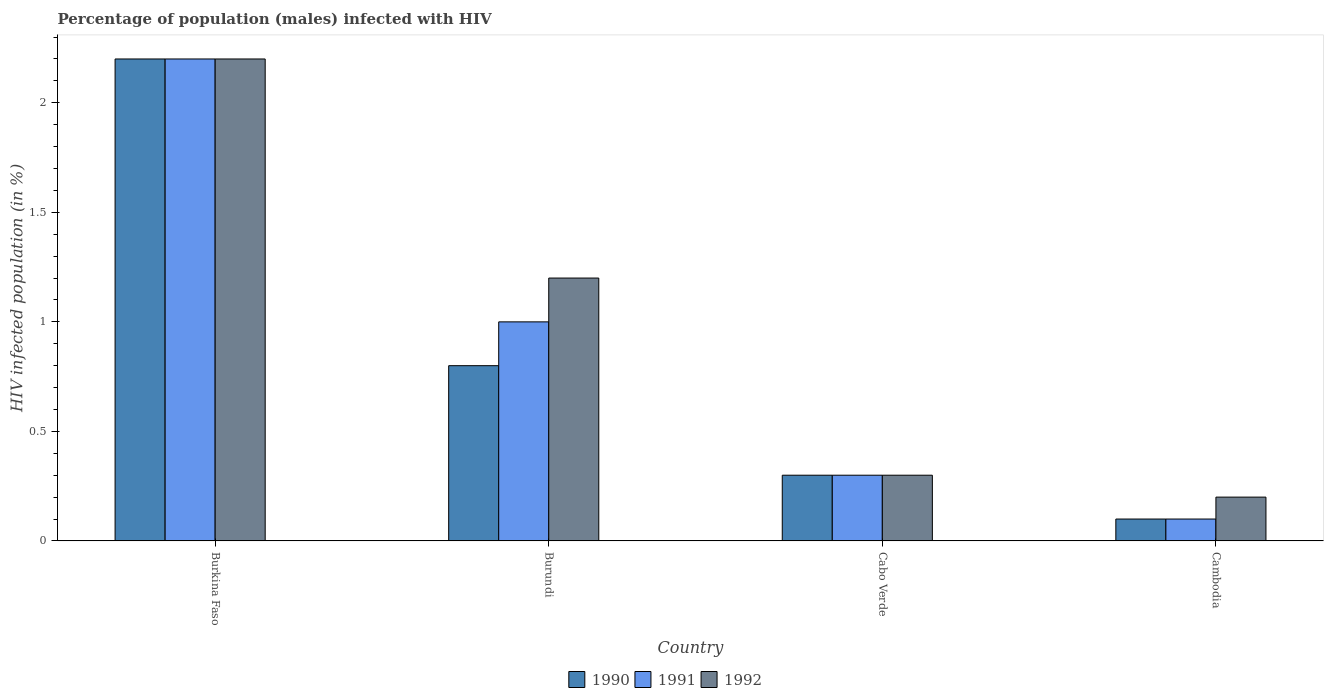
| Country | 1990 | 1991 | 1992 |
 | --- | --- | --- | --- |
 | Burkina Faso | 2.2 | 2.2 | 2.2 |
 | Burundi | 0.8 | 1 | 1.2 |
 | Cabo Verde | 0.3 | 0.3 | 0.3 |
 | Cambodia | 0.1 | 0.1 | 0.2 |